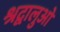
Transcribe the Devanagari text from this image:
श्रद्वालुओं